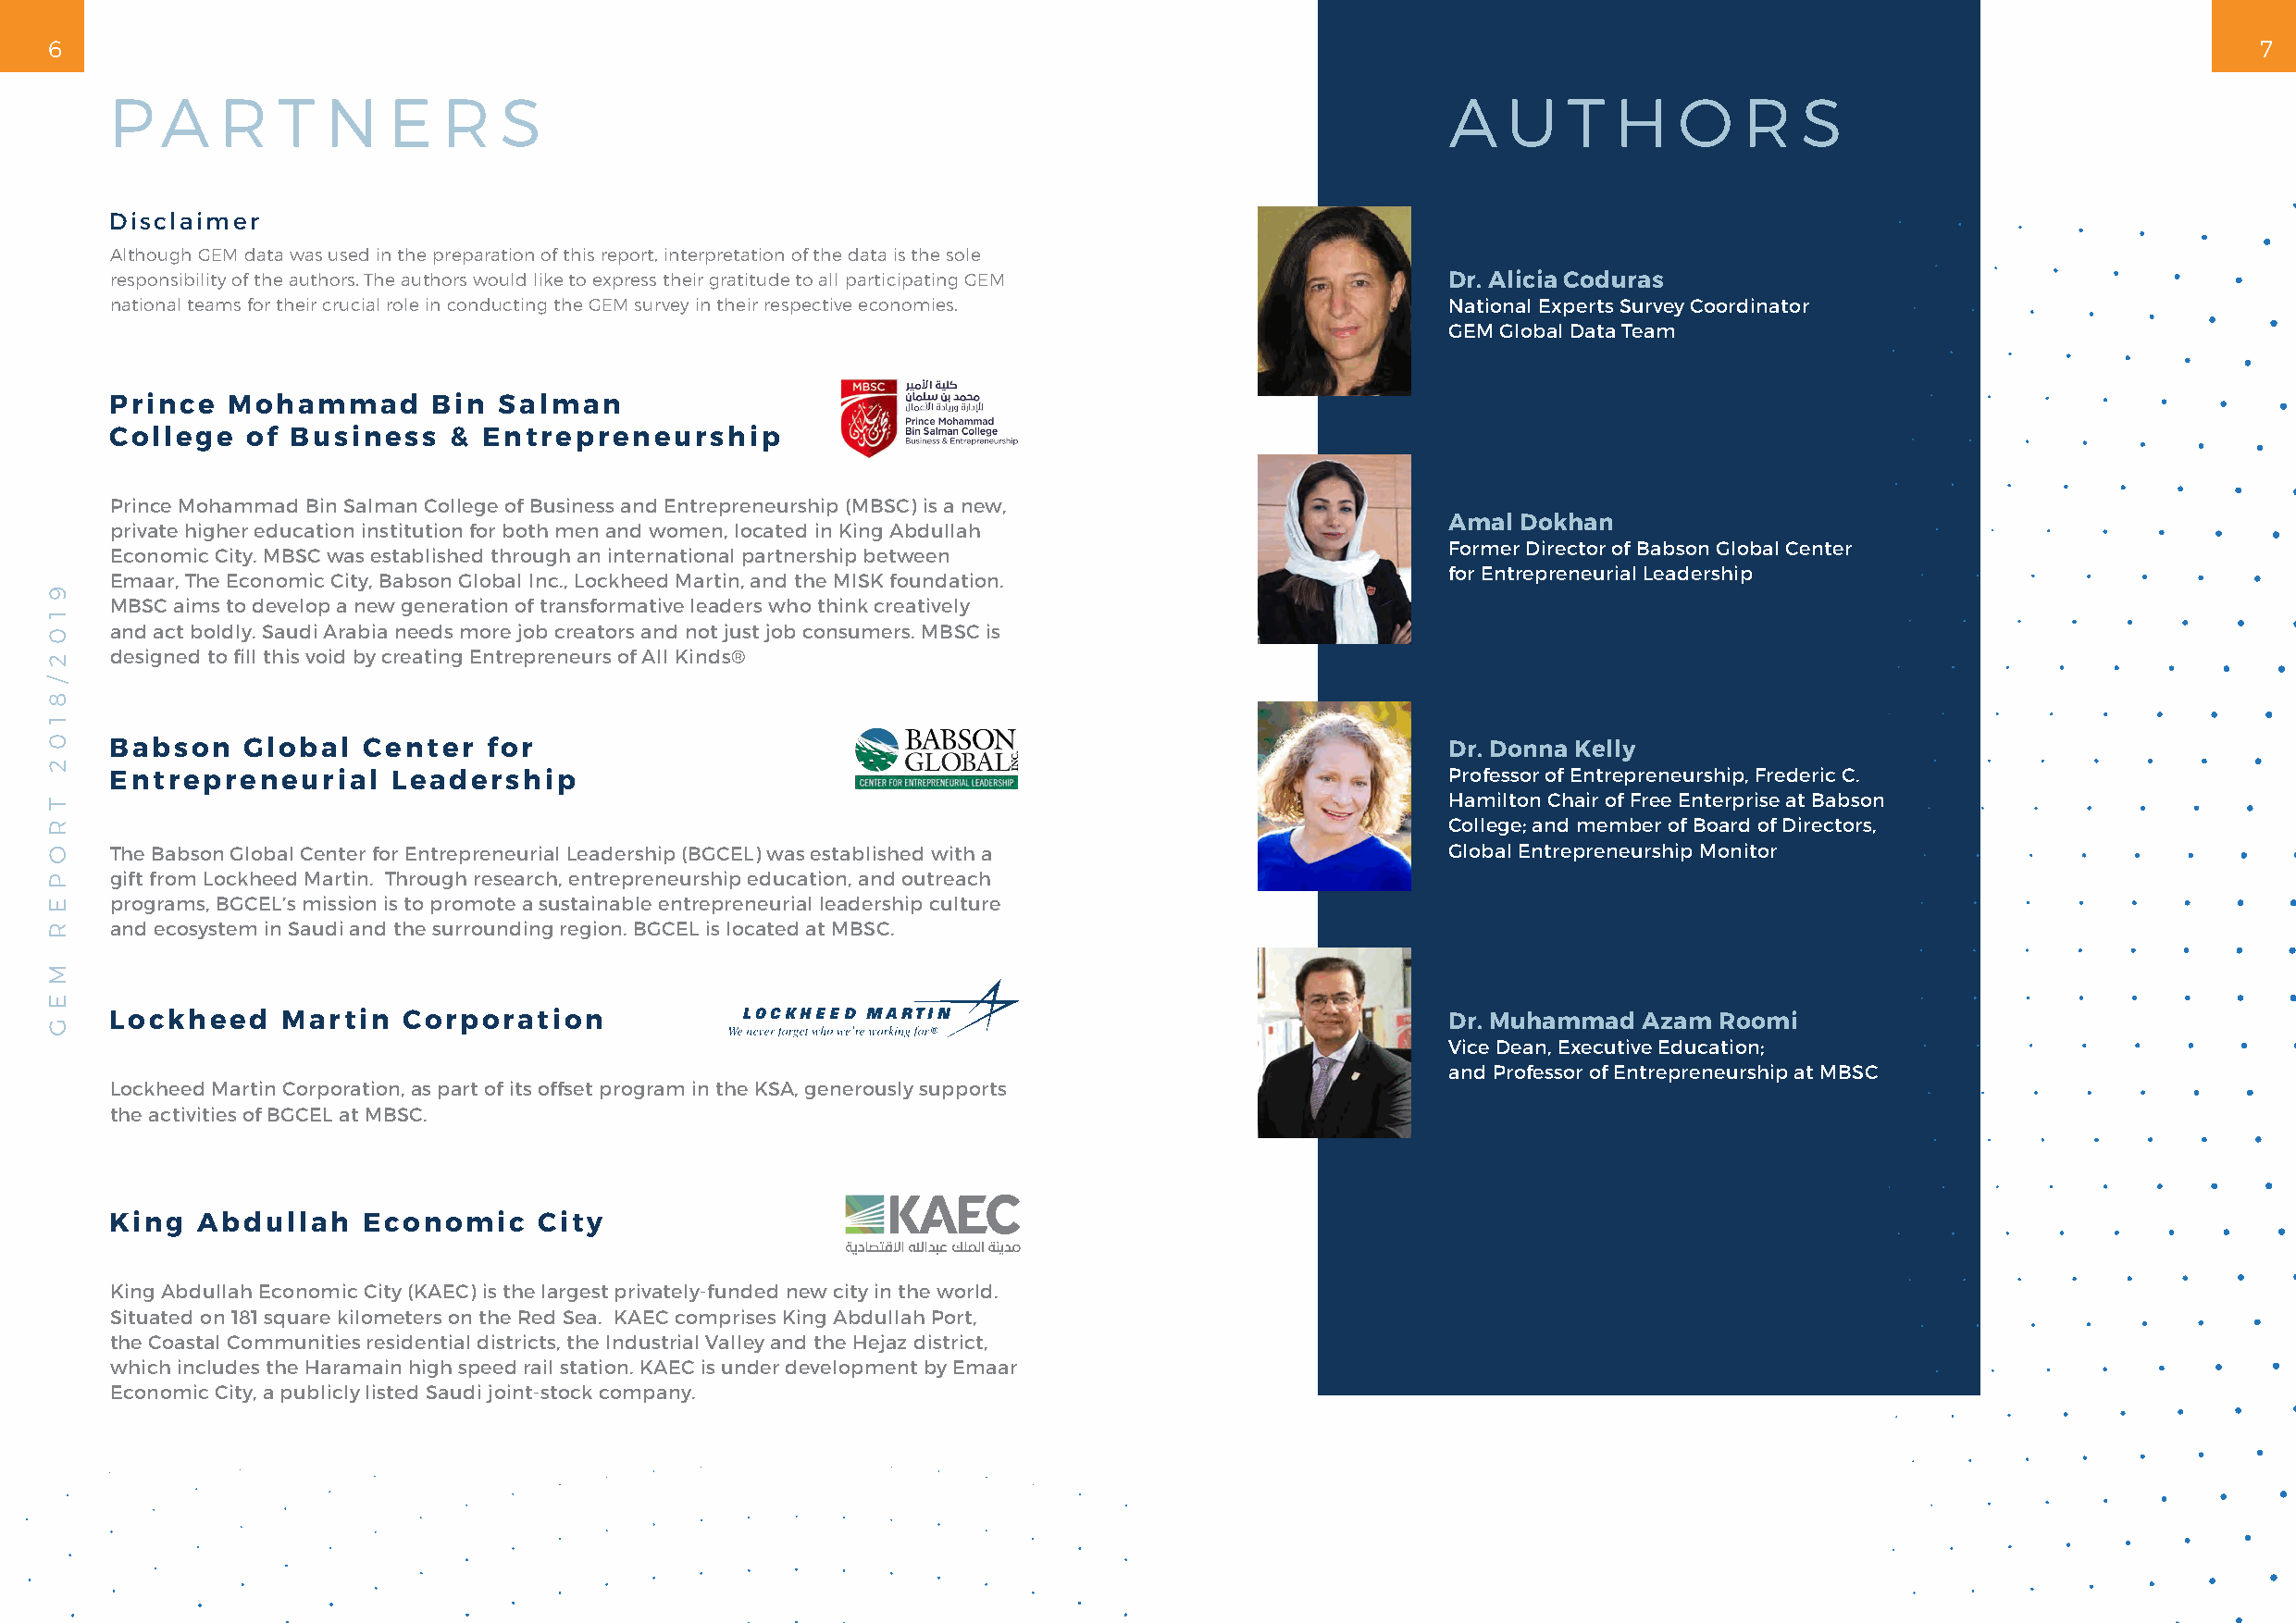
6                                                                                                                                                              7
 P   A   R   T  N    E   R   S                                                                   A   U   T  H    O    R   S
 Disclaimer
 Although GEM data was used in the preparation of this report, interpretation of the data is the sole
 responsibility of the authors. The authors would like to express their gratitude to all participating GEM Dr. Alicia Coduras
 national teams for their crucial role in conducting the GEM survey in their respective economies. National Experts Survey Coordinator
 GEM Global Data Team
 Prince  Mohammad       Bin  Salman
 College   of Business   & Entrepreneurship
 Prince Mohammad Bin Salman College of Business and Entrepreneurship (MBSC) is a new,
 Amal Dokhan
 private higher education institution for both men and women, located in King Abdullah
 Former Director of Babson Global Center
 Economic City. MBSC was established through an international partnership between
 for Entrepreneurial Leadership
 Emaar, The Economic City, Babson Global Inc., Lockheed Martin, and the MISK foundation.
 MBSC aims to develop a new generation of transformative leaders who think creatively
 and act boldly. Saudi Arabia needs more job creators and not just job consumers. MBSC is
 designed to fill this void by creating Entrepreneurs of All Kinds®
 Babson   Global   Center   for                                                                  Dr. Donna Kelly
 Entrepreneurial     Leadership                                                                  Professor of Entrepreneurship, Frederic C.
 Hamilton Chair of Free Enterprise at Babson
 College; and member of Board of Directors,
 The Babson Global Center for Entrepreneurial Leadership (BGCEL) was established with a          Global Entrepreneurship Monitor
 gift from Lockheed Martin. Through research, entrepreneurship education, and outreach
 programs, BGCEL’s mission is to promote a sustainable entrepreneurial leadership culture
 and ecosystem in Saudi and the surrounding region. BGCEL is located at MBSC.
 Lockheed    Martin   Corporation                                                                Dr. Muhammad Azam  Roomi
 Vice Dean, Executive Education;
 and Professor of Entrepreneurship at MBSC
 Lockheed Martin Corporation, as part of its offset program in the KSA, generously supports
 the activities of BGCEL at MBSC.
 King  Abdullah    Economic    City
 King Abdullah Economic City (KAEC) is the largest privately-funded new city in the world.
 Situated on 181 square kilometers on the Red Sea. KAEC comprises King Abdullah Port,
 the Coastal Communities residential districts, the Industrial Valley and the Hejaz district,
 which includes the Haramain high speed rail station. KAEC is under development by Emaar
 Economic City, a publicly listed Saudi joint-stock company.
 9
 1
 0
 2
 /
 8
 1
 0
 2
 T
 R
 O
 P
 E
 R
 M
 E
 G